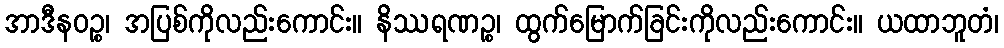
အာဒီနဝဉ္စ၊ အပြစ်ကိုလည်းကောင်း။ နိဿရဏဉ္စ၊ ထွက်မြောက်ခြင်းကိုလည်းကောင်း။ ယထာဘူတံ၊